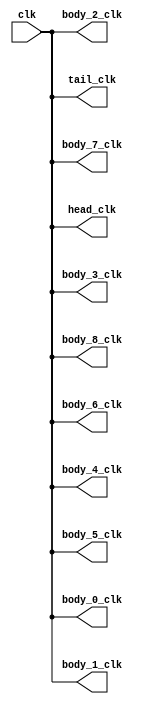
// ==================================================
// RTL generated by RapidStream
//
// Copyright 2024 RapidStream Design Automation, Inc.
// All Rights Reserved.
// ==================================================
`timescale 1 ns / 1 ps
module __rs___rs_ap_ctrl_pipeline_aux_split_aux_0 #(
    parameter HEAD_LEVEL      = 0,
    parameter BODY_LEVEL      = 2,
    parameter TAIL_LEVEL      = 0,
    parameter __HEAD_REGION   = "",
    parameter __BODY_0_REGION = "",
    parameter __BODY_1_REGION = "",
    parameter __BODY_2_REGION = "",
    parameter __BODY_3_REGION = "",
    parameter __BODY_4_REGION = "",
    parameter __BODY_5_REGION = "",
    parameter __BODY_6_REGION = "",
    parameter __BODY_7_REGION = "",
    parameter __BODY_8_REGION = "",
    parameter __TAIL_REGION   = "",
    parameter GRACE_PERIOD    = ( BODY_LEVEL + HEAD_LEVEL + TAIL_LEVEL ) * 2
) (
    output wire body_0_clk,
    output wire body_1_clk,
    output wire body_2_clk,
    output wire body_3_clk,
    output wire body_4_clk,
    output wire body_5_clk,
    output wire body_6_clk,
    output wire body_7_clk,
    output wire body_8_clk,
    input wire  clk,
    output wire head_clk,
    output wire tail_clk
);
assign body_0_clk = clk;
assign body_1_clk = clk;
assign body_2_clk = clk;
assign body_3_clk = clk;
assign body_4_clk = clk;
assign body_5_clk = clk;
assign body_6_clk = clk;
assign body_7_clk = clk;
assign body_8_clk = clk;
assign head_clk = clk;
assign tail_clk = clk;
endmodule